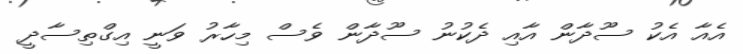
އެއާ އެކު ސޫދާން އާއި ދެކުނު ސޫދާން ވެސް މިހާރު ވަނީ އިގްތިސާދީ